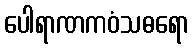
ပေါရာဏကဝံသဓရော